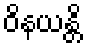
ဝိနယန္တိ